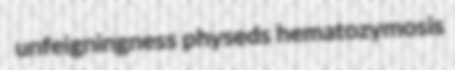
unfeigningness physeds hematozymosis